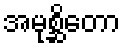
အမုစ္ဆိတော